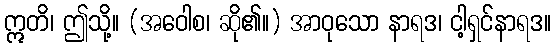
ဣတိ၊ ဤသို့။ (အဝေါစ၊ ဆို၏။) အာဝုသော နာရဒ၊ ငါ့ရှင်နာရဒ။